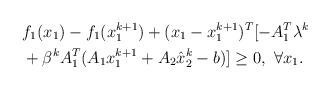
LaTeX: \begin{align*}\begin{aligned}&f_1(x_1)-f_1(x^{k+1}_1)+(x_1-x_1^{k+1})^T[-A_1^T\lambda^k\\&+\beta^kA_1^T(A_1{x}_1^{k+1}+A_2\hat{x}_2^k-b)]\geq0,~\forall x_1.\end{aligned}\end{align*}